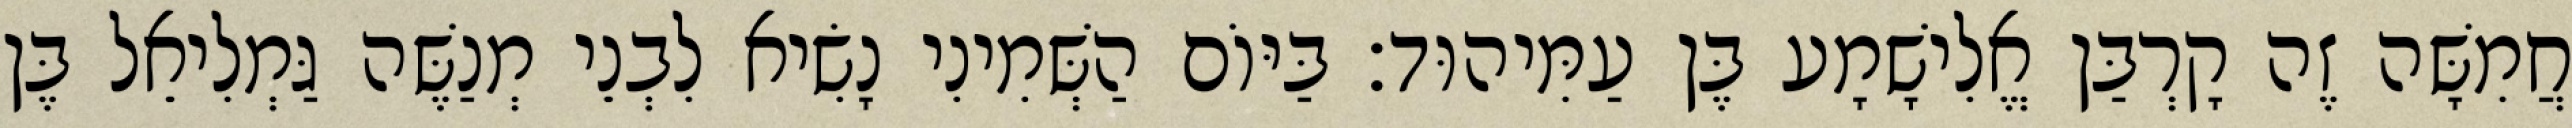
חֲמִשָּׁה זֶה קָרְבַּן אֱלִישָׁמָע בֶּן עַמִּיהוּד׃ בַּיּוֹם הַשְּׁמִינִי נָשִׂיא לִבְנֵי מְנַשֶּׁה גַּמְלִיאֵל בֶּן